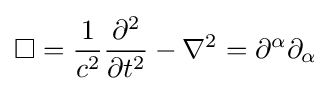
\Box ={\frac {1}{c^{2}}}{\frac {\partial ^{2}}{\partial t^{2}}}-\nabla ^{2}=\partial ^{\alpha }\partial _{\alpha }